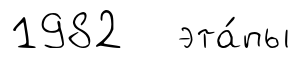
1982 эта́пы